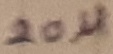
Text: 20µ